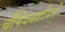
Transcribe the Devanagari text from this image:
चँपियनशीपचे